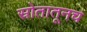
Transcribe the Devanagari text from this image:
स्रोतातूनच